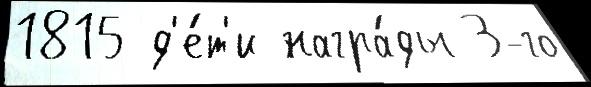
1815 д'е́т'и награ́ды 3-го